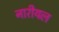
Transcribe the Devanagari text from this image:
नारीयल